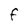
Character: F